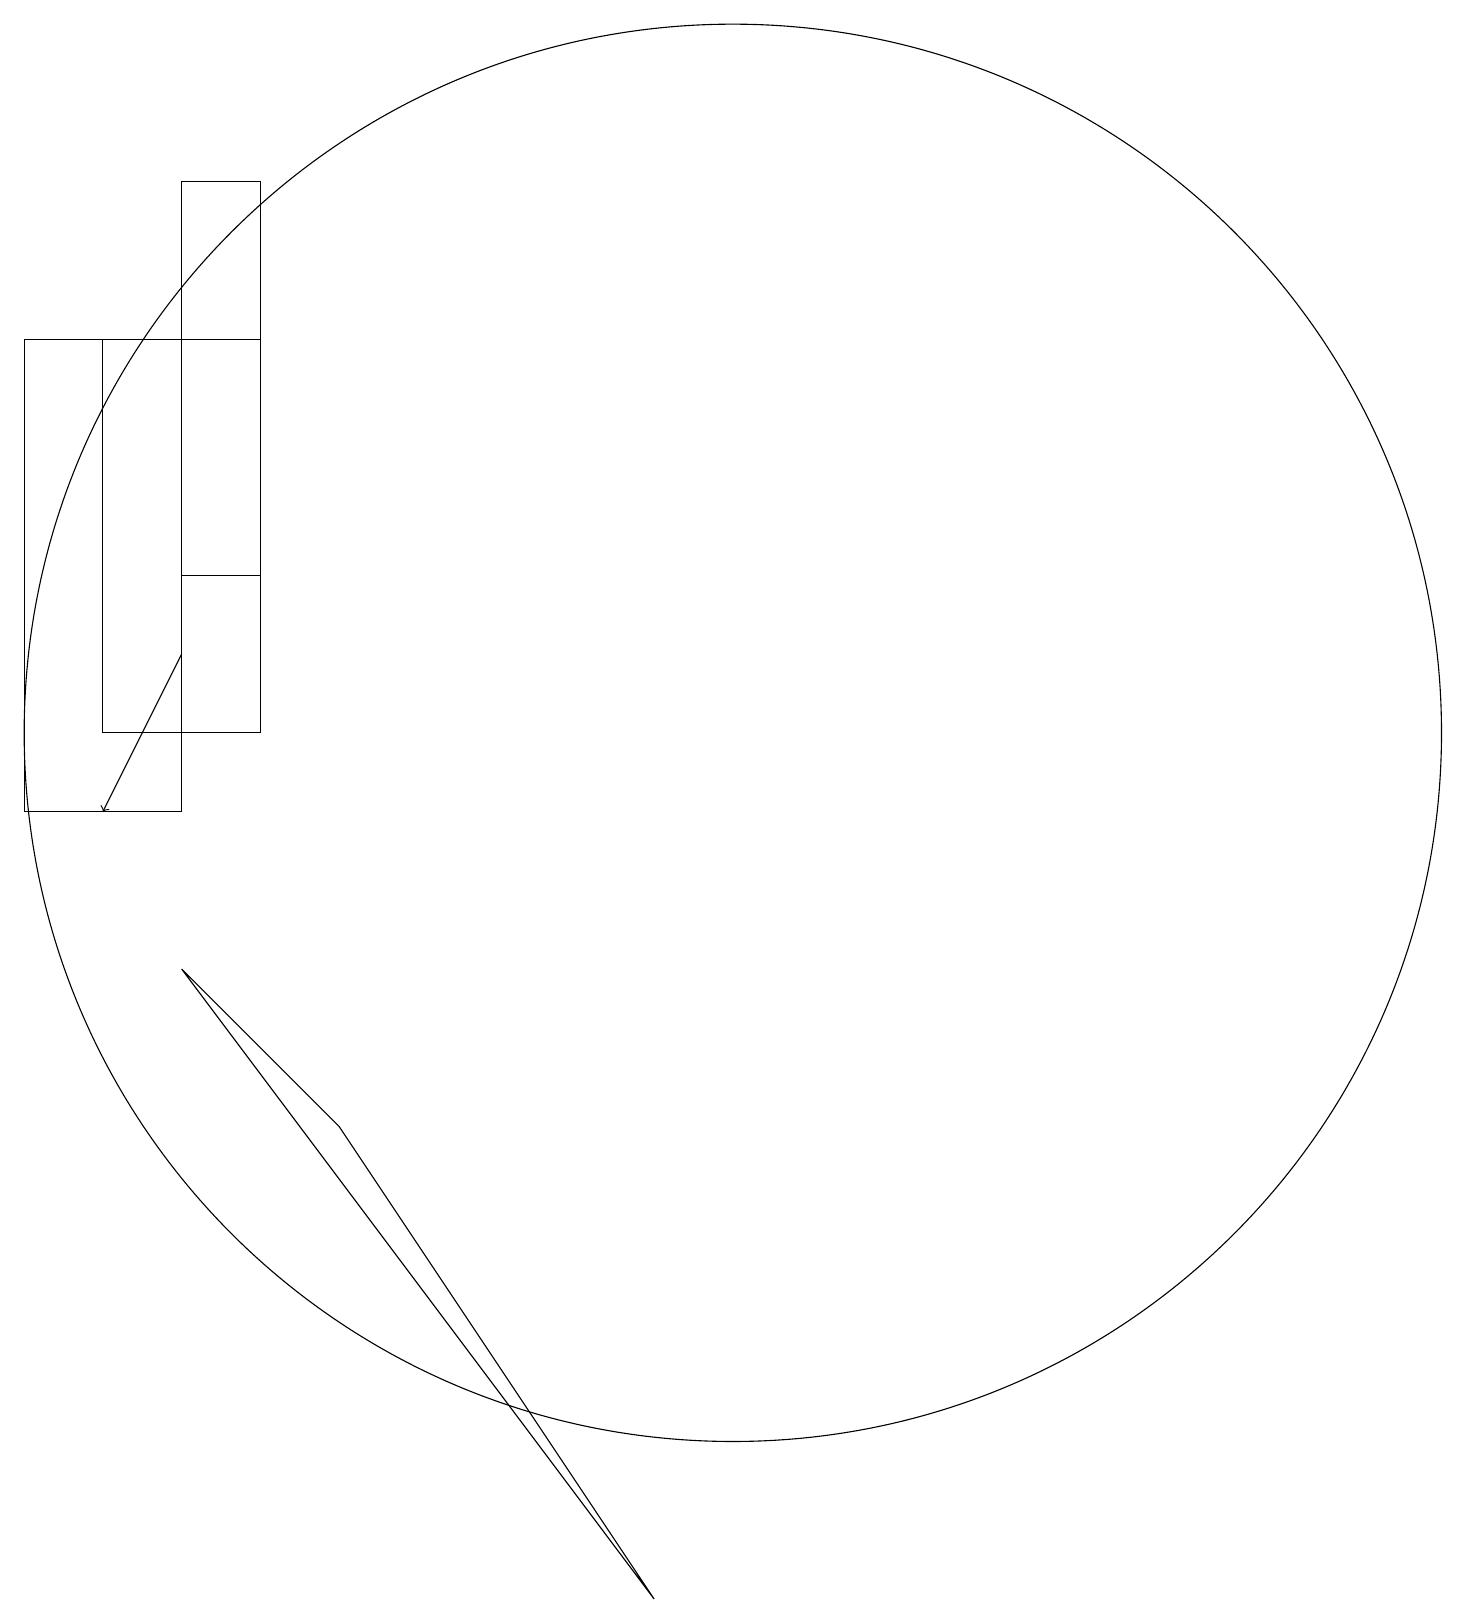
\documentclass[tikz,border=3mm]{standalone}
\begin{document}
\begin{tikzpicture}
\draw (1,16) rectangle (3,10);
\draw (10,11) circle (9);
\draw (3,18) rectangle (4,13);
\draw (4,16) rectangle (2,11);
\draw (5,6) -- (3,8) -- (9,0) -- cycle;
\draw[->] (3,12) -- (2,10);
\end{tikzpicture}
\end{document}